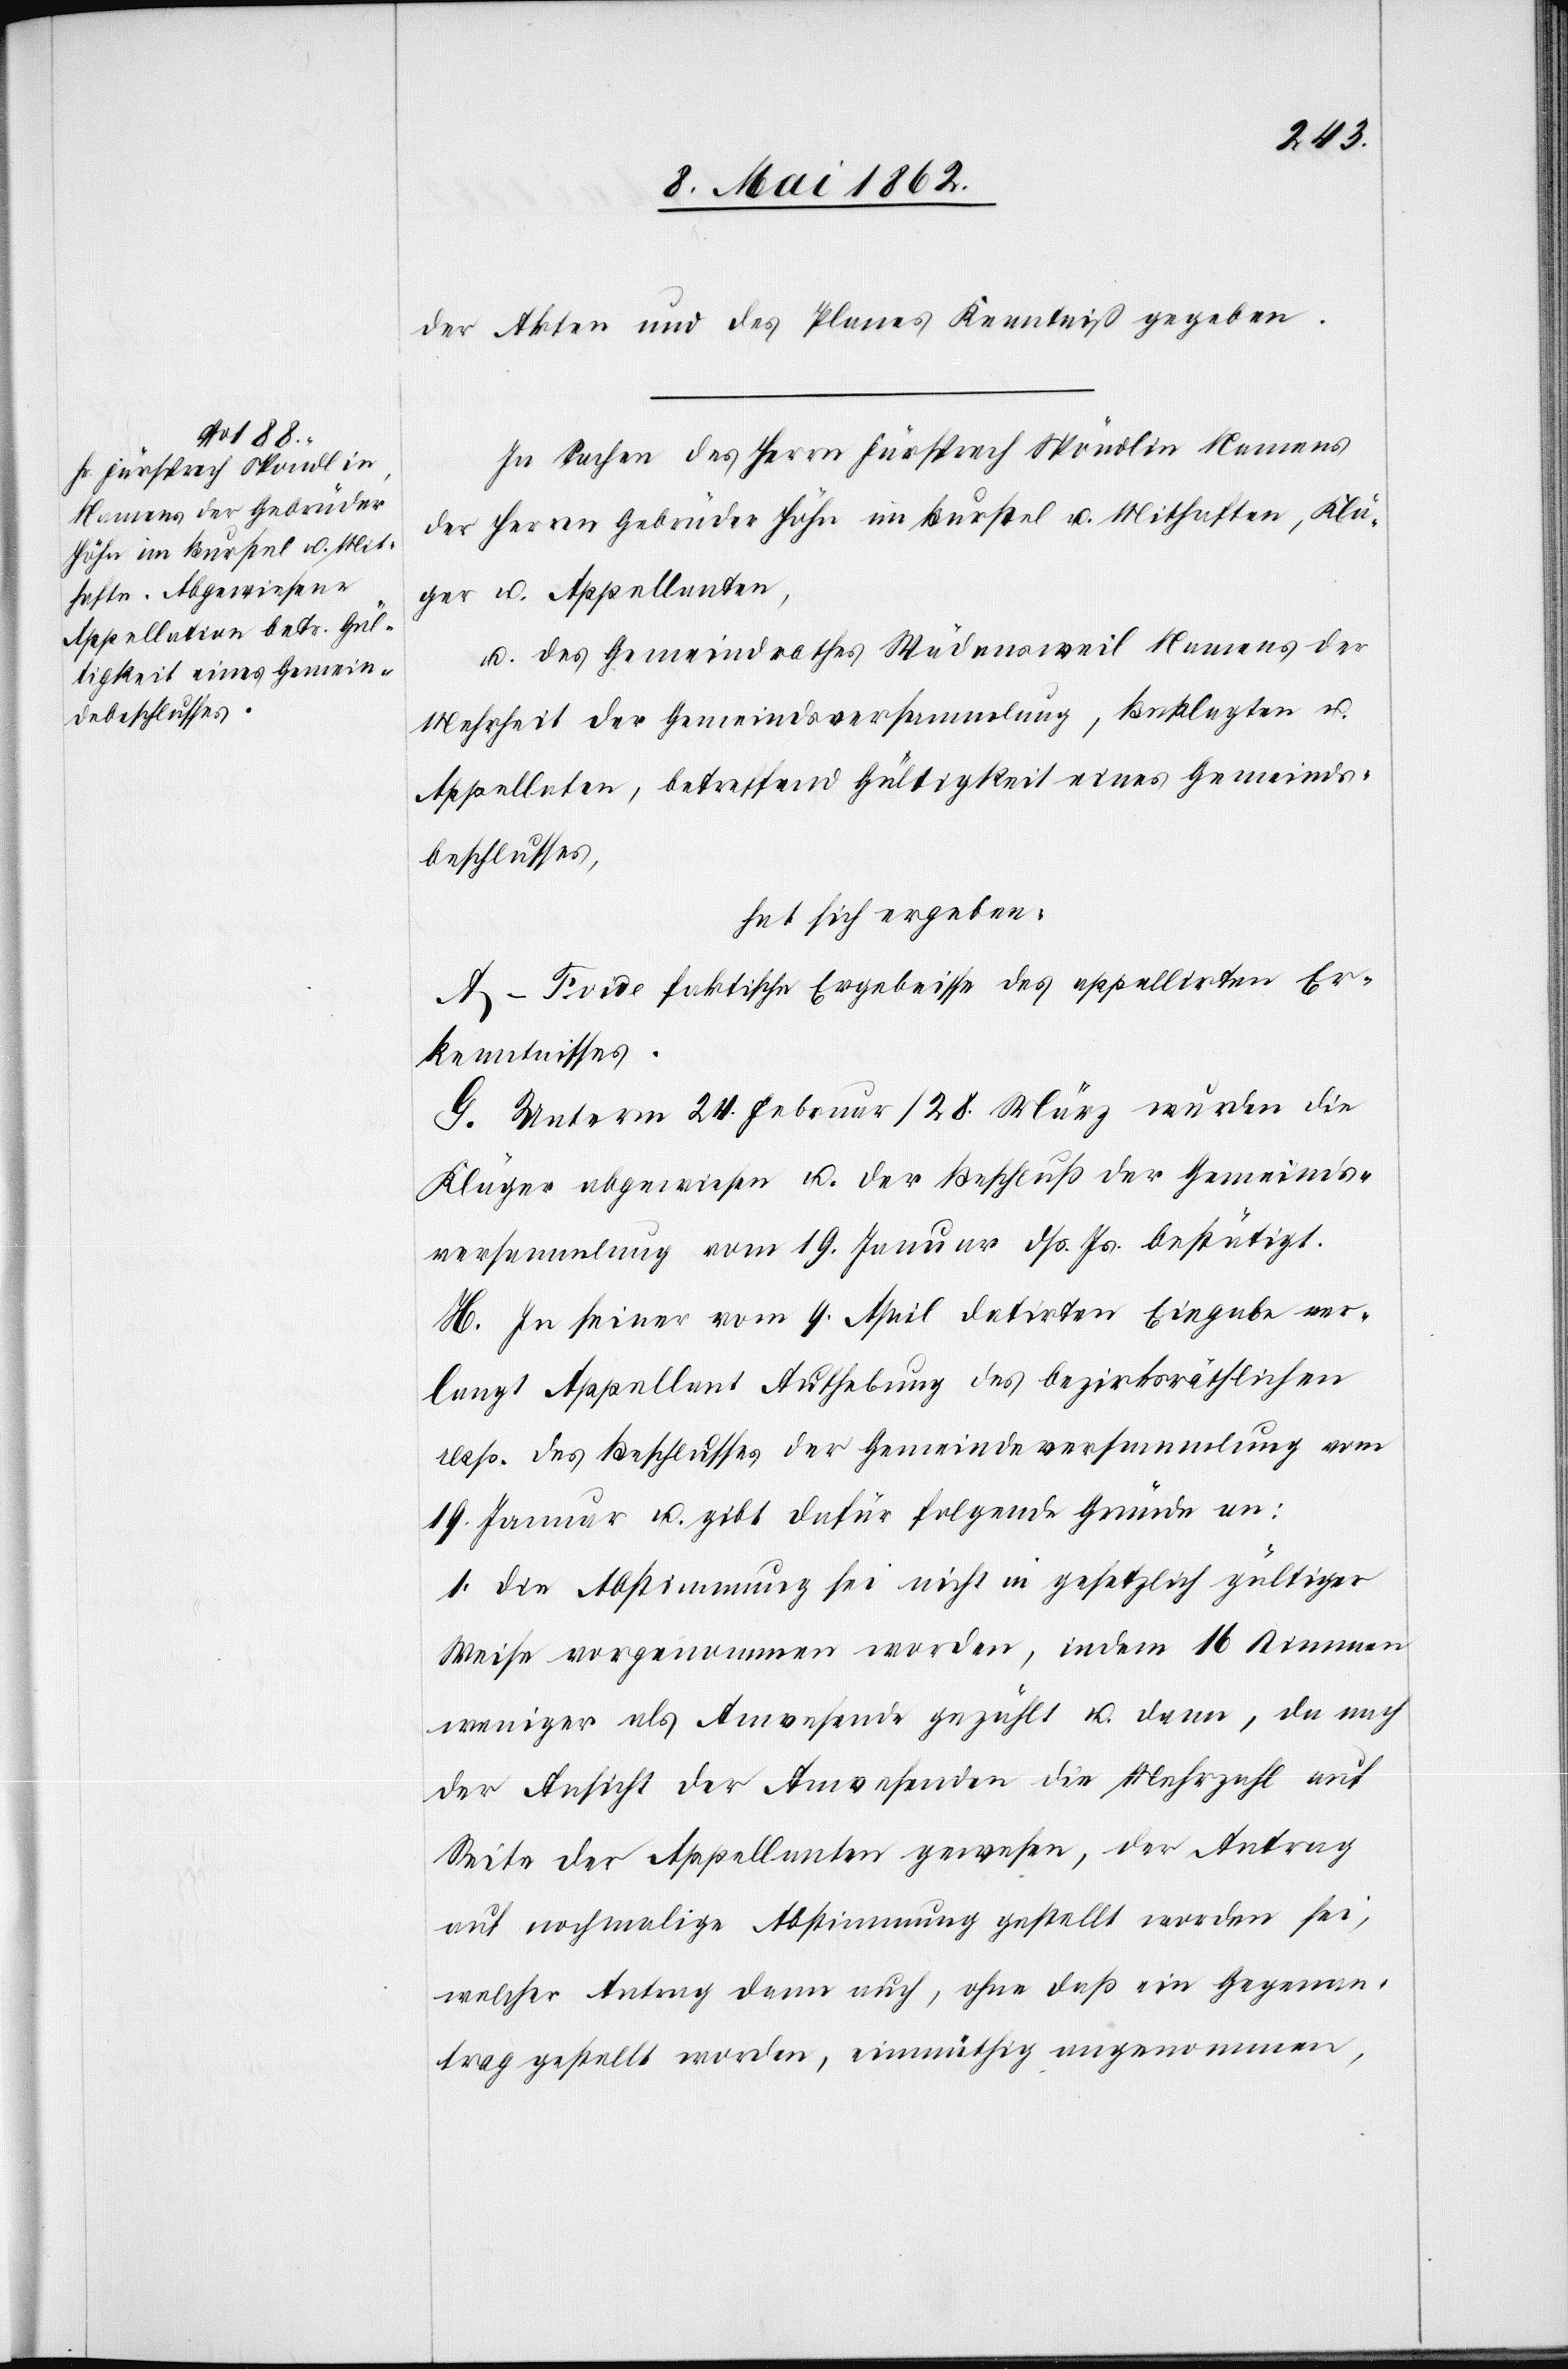
der Akten und des Planes Kenntniß gegeben.
In Sachen des Herrn Fürsprech Spöndlin Namens
der Herren Gebrüder Höhn im Burstel u. Mithaften, Klä¬
ger u. Appellanten,
u. des Gemeindrathes Wädensweil Namens der
Mehrheit der Gemeindsversammlung, Beklagten u.
Appellaten, betreffend Gültigkeit eines Gemeinds¬
beschlusses,
hat sich ergeben:
A–F vide faktische Ergebnisse des appellirten Er¬
kenntnisses.
G. Unterm 24. Februar / 28. März wurden die
Kläger abgewiesen u. der Beschluß der Gemeinds¬
versammlung vom 19. Januar dß. Js. bestätigt.
H. In seiner vom 9. April datirten Eingabe ver¬
langt Appellant Aufhebung des bezirskräthlichen
resp. des Beschlusses der Gemeindeversammlung vom
19. Januar u. gibt dafür folgende Gründe an:
1. die Abstimmung sei nicht in gesetzlich gültiger
Weise vorgenommen worden, indem 16 Stimmen
weniger als Anwesende gezählt u. dann, da nach
der Ansicht der Anwesenden die Mehrzahl auf
Seite der Appellanten gewesen, der Antrag
auf nochmalige Abstimmung gestellt worden sei,
welcher Antrag dann auch, ohne daß ein Gegenan¬
trag gestellt worden, einmüthig angenommen,